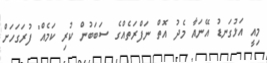
މިއީ އަޅުގަނޑު އޭނައާ މެދު އޮތް ނަފްރަތެއްގެ ސަބަބުން ކުރި ކަމެއް" ފުރަގަހަށް